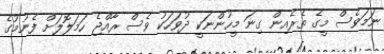
ނަމަވެސް މީގެ ތެރެއިން ގިނަ މީހުންނަކީ ދުވަހަކު ވެސް ރާއްޖެ ހަމަލޮލަށް ފެނުމުގެ